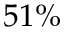
5 1 \%